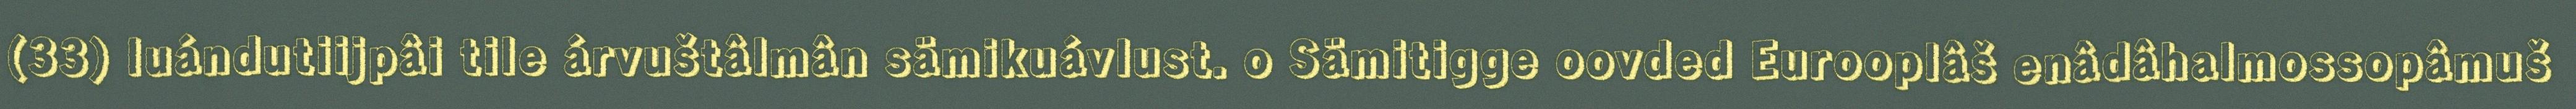
(33) luándutiijpâi tile árvuštâlmân sämikuávlust. o Sämitigge oovded Eurooplâš enâdâhalmossopâmuš